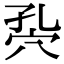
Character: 𥤾